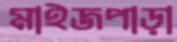
মাইজপাড়া